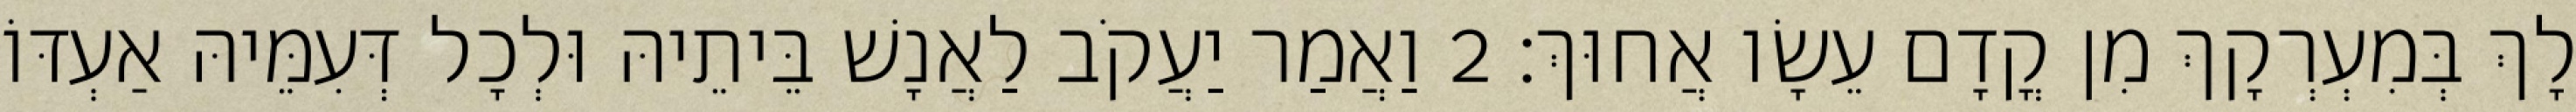
לָךְ בְּמִעְרְקָךְ מִן קֳדָם עֵשָׂו אֲחוּךְ׃ 2 וַאֲמַר יַעֲקֹב לַאֲנָשׁ בֵּיתֵיהּ וּלְכָל דְּעִמֵּיהּ אַעְדּוֹ